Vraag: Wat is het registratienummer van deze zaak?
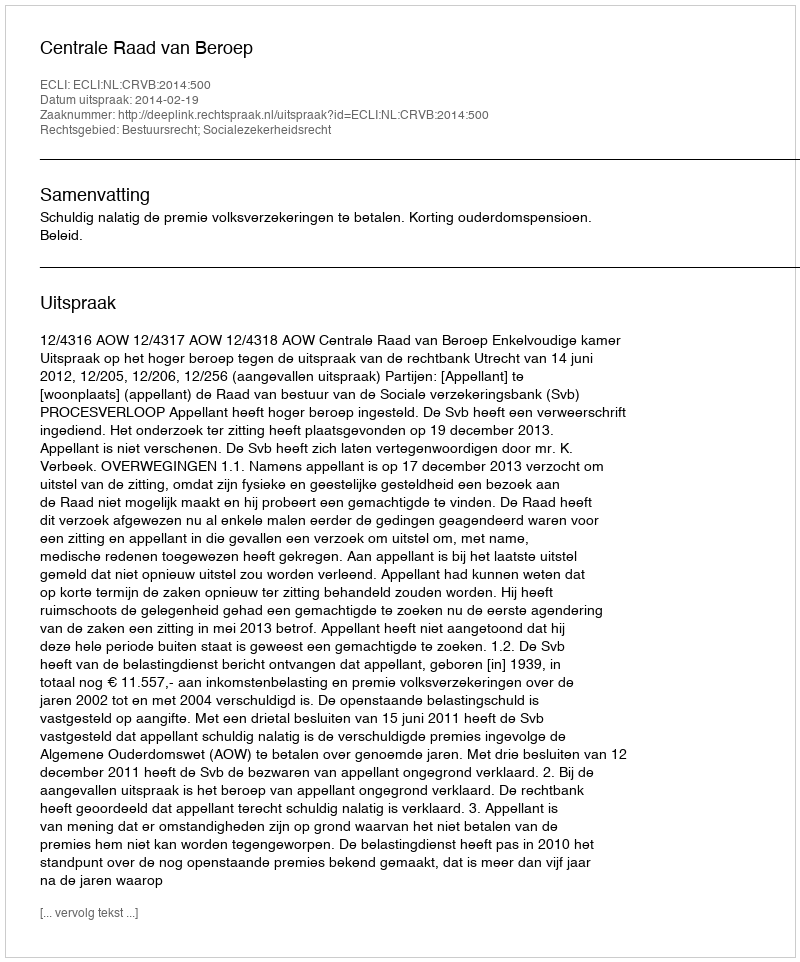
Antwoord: http://deeplink.rechtspraak.nl/uitspraak?id=ECLI:NL:CRVB:2014:500